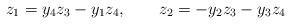
LaTeX: \begin{align*}z_1 = y_4z_3-y_1z_4,\qquad z_2=-y_2z_3-y_3z_4\end{align*}